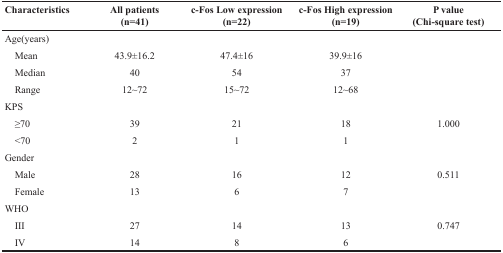
| Characteristics | All patients (n=41) | c-Fos Low expression (n=22) | c-Fos High expression (n=19) | P value (Chi-square test) |
 | --- | --- | --- | --- | --- |
 | Age(years) |  |  |  |  |
 | Mean | 43.9±16.2 | 47.4±16 | 39.9±16 |  |
 | Median | 40 | 54 | 37 |  |
 | Range | 12~72 | 15~72 | 12~68 |  |
 | KPS |  |  |  |  |
 | ≥70 | 39 | 21 | 18 | 1.000 |
 | <70 | 2 | 1 | 1 |  |
 | Gender |  |  |  |  |
 | Male | 28 | 16 | 12 | 0.511 |
 | Female | 13 | 6 | 7 |  |
 | WHO |  |  |  |  |
 | III | 27 | 14 | 13 | 0.747 |
 | IV | 14 | 8 | 6 |  |